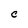
Character: c